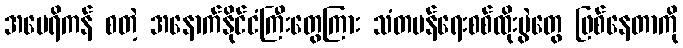
အမေရိကန် စတဲ့ အနောက်နိုင်ငံကြီးတွေကြား သံတမန်ရေးစစ်ထိုးပွဲတွေ ဖြစ်နေတာကို